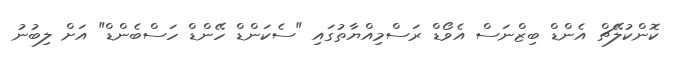
ކޮންކުލޭޗް އެންޑް ބިޒްނަސް އެވޯޑް ރަސްމިއްޔާތުގައި "ސެކަންޑް ހޭންޑް ހަސްބެންޑް" އަށް ލިބުނު